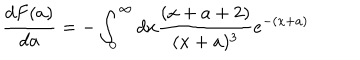
\frac { d F ( a ) } { d a } = - \int _ { 0 } ^ { \infty } d x \frac { ( x + a + 2 ) } { ( x + a ) ^ { 3 } } e ^ { - ( x + a ) }